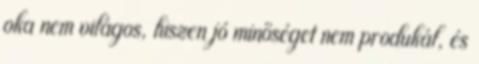
oka nem világos, hiszen jó minőséget nem produkál, és